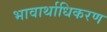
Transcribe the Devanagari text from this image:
भावार्थाधिकरण